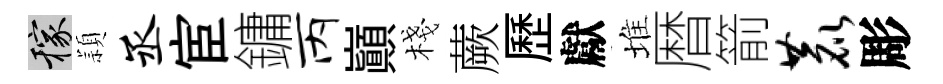
稼頴丞宦鏞丙巔棧蕨歷獻堆暦箭鹿彫